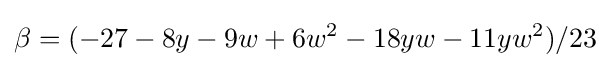
\beta =(-27-8y-9w+6w^{2}-18yw-11yw^{2})/23